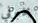
يخبرني